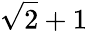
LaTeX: \sqrt{2}+1